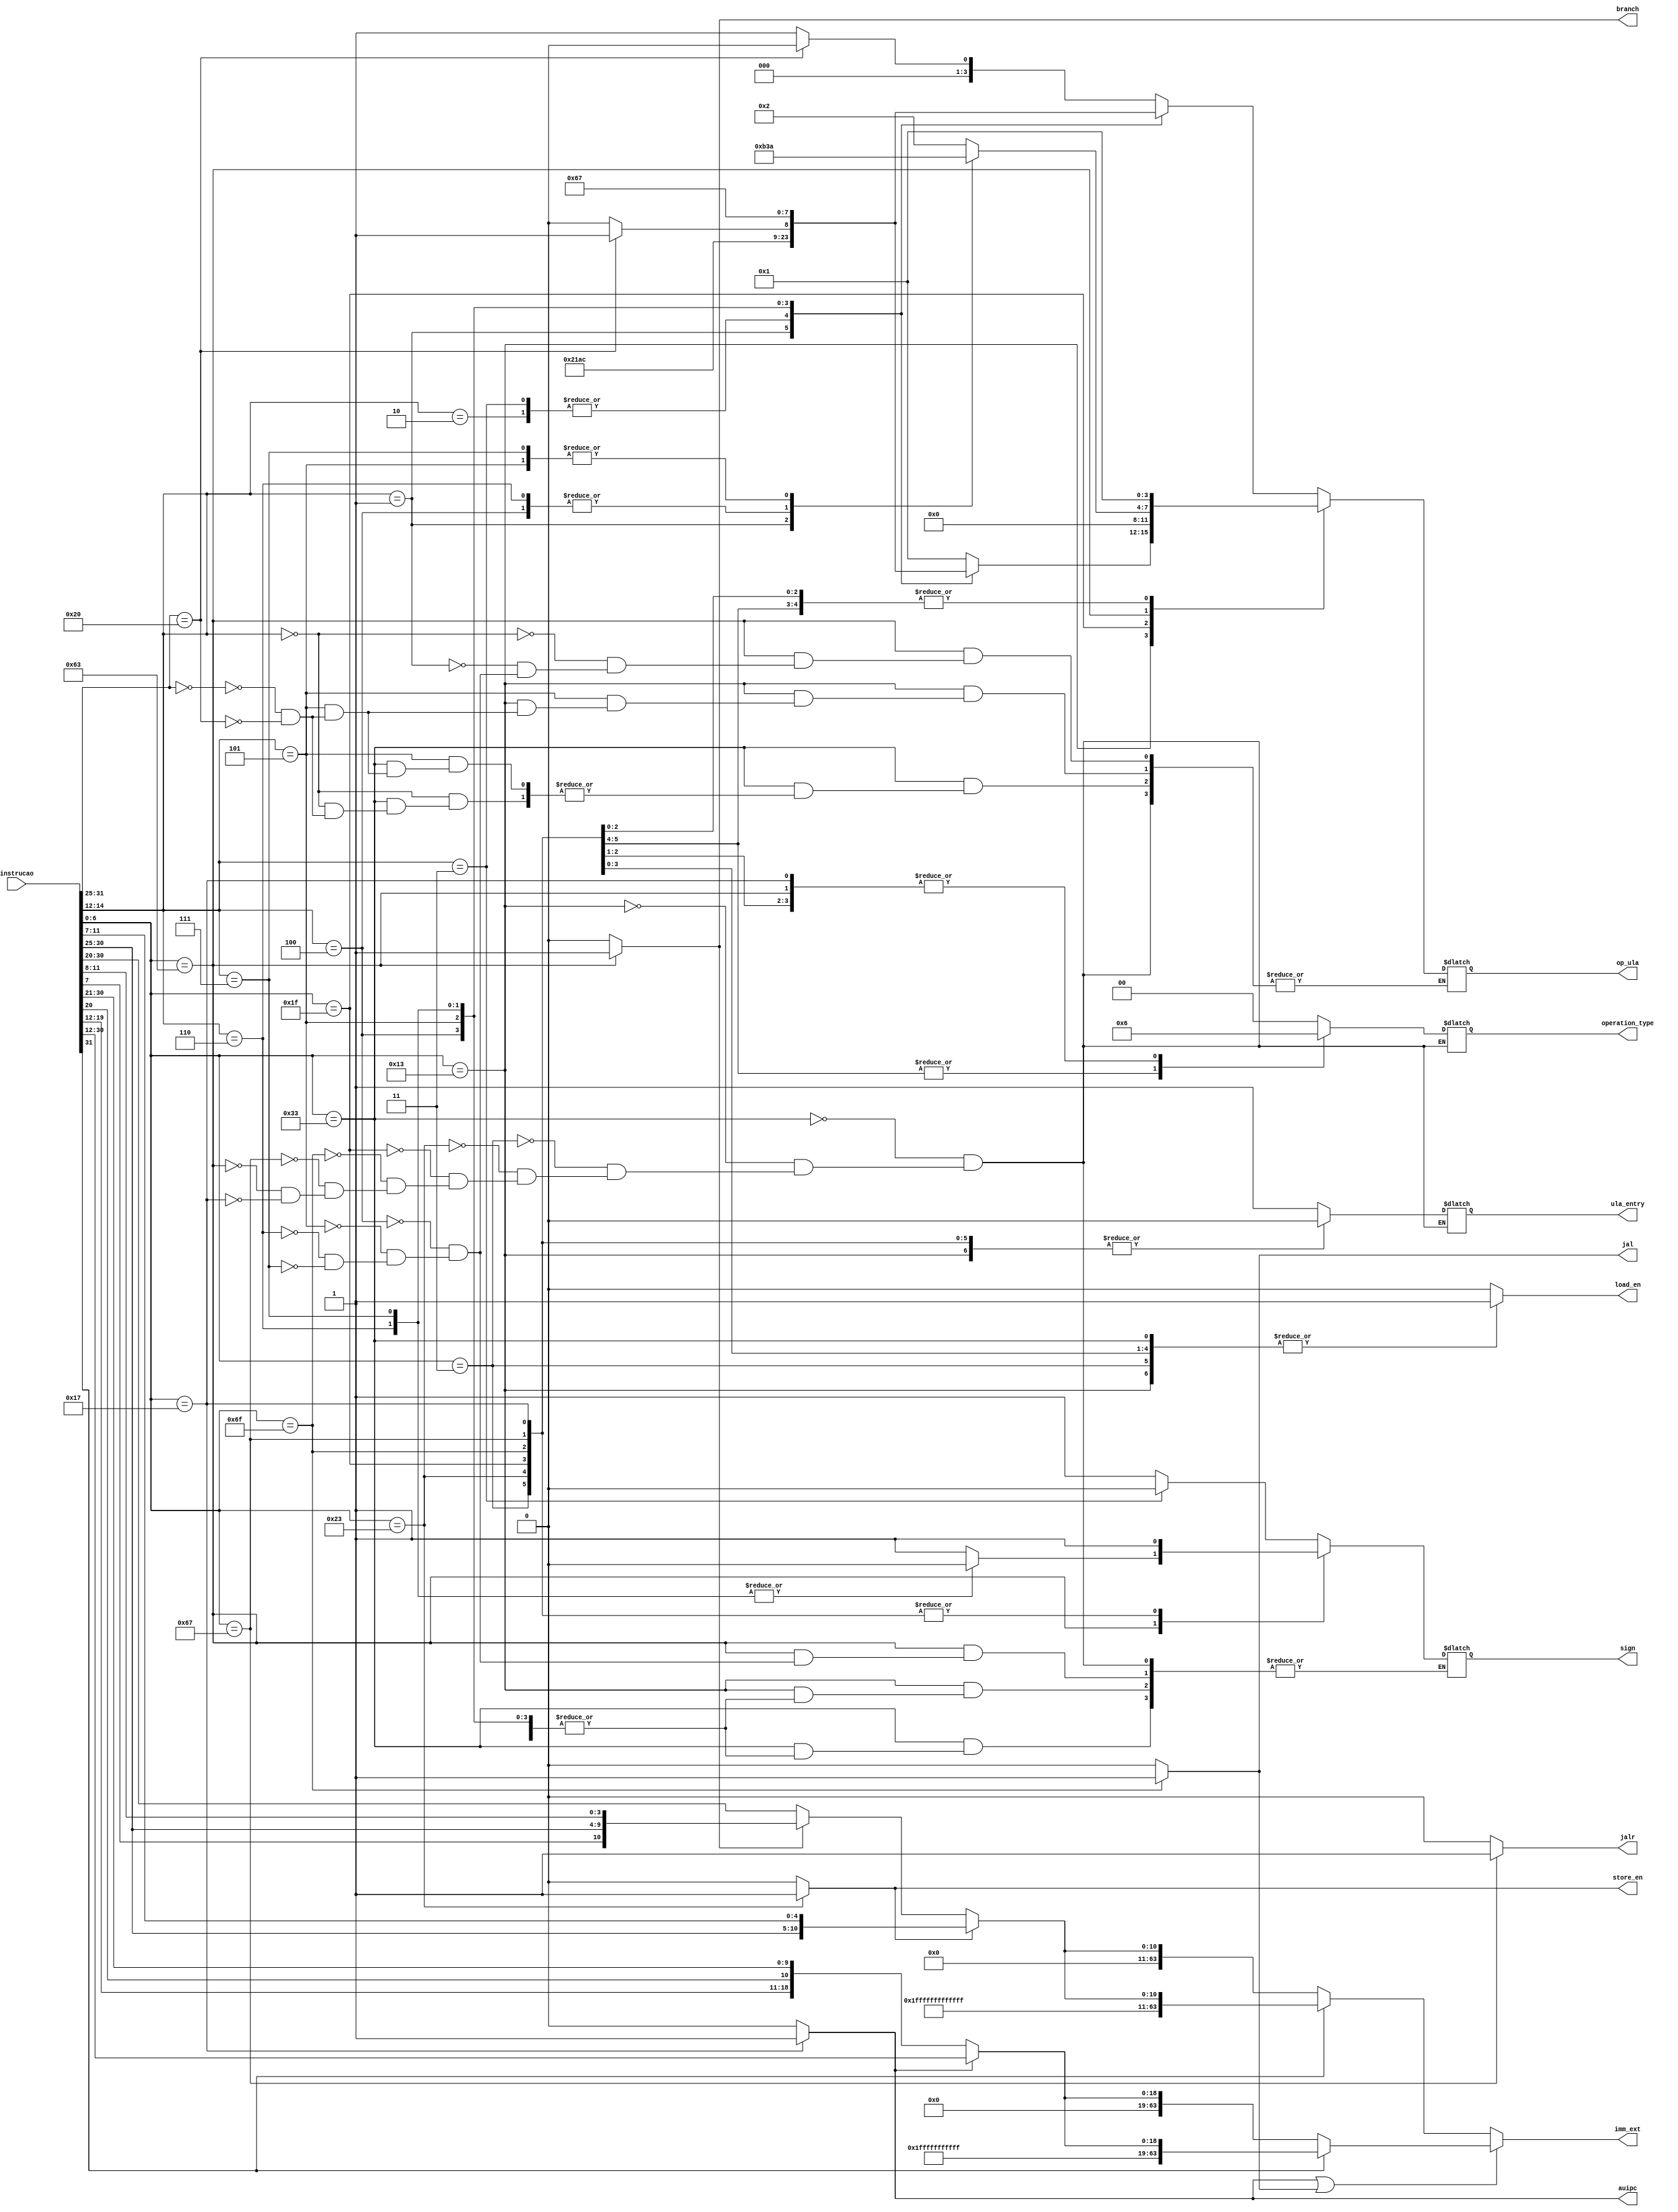
module control #(
    parameter BITS = 63,
    parameter R_TYPE = 7'b0110011,
    parameter ARITMETIC_I = 7'b0010011,
    parameter LOAD_TYPE = 7'b0000011,
    parameter STORE_TYPE = 7'b0100011,
    parameter SUBI = 7'b0011111,
    parameter JAL = 7'b1101111,
    parameter JALR = 7'b1100111,
    parameter BRANCH = 7'b1100011,
    parameter AUIPC = 7'b0010111,

    // Ula opcode parameters:
    parameter NEQ = 4'b1011,
    parameter SGT = 4'b1010,
    parameter SRA = 4'b1001,
    parameter SRL = 4'b1000,
    parameter AND = 4'b0111,
    parameter OR = 4'b0110,
    parameter XOR = 4'b0101,
    parameter SLL = 4'b0100,
    parameter SLT = 4'b0011,
    parameter EQU = 4'b0010,
    parameter ADD = 4'b0001,
    parameter SUB = 4'b0000
) (
    input [31:0] instrucao,

    output reg load_en,
    output reg store_en,
    output reg [3:0] op_ula,     // verificar no modulo ula
    output reg [1:0] operation_type,   // 00 se ula_out, 01 se mem_read, 10 se pc
    output reg ula_entry,        // 0 se imm_ext, 1 se rs2
    output reg branch,           // instrução e branch
    output reg auipc, 
    output reg jal, 
    output reg jalr,
    output reg sign,
    output [BITS:0] imm_ext
);

wire [6:0] opcode = instrucao[6:0];
wire [14:12] funct3 = instrucao[14:12];
wire [31:25] funct7 = instrucao[31:25];

wire [11:0] imm;
wire [19:0] imm_jump;
wire [BITS:0] imm_ext;

assign imm = (store_en)? {instrucao[31:25], instrucao[11:7]} : 
             (branch)? {instrucao[31], instrucao[7], instrucao[30:25], instrucao[11:8]} : 
             instrucao[31:20];

assign imm_jump = (auipc)? instrucao[31:12] : 
                    {instrucao[31], instrucao[19:12], instrucao[20], instrucao[30:21]};

assign imm_ext = (auipc || jal)? ((imm_jump[19])? {{44{1'b1}}, imm_jump} : {44'b0, imm_jump}) :
                 (imm[11])? {{52{1'b1}}, imm} : {52'b0, imm};

always @(*) begin
    case (opcode)
        R_TYPE: begin
            load_en = 1;
            store_en = 0;
            jal = 0;
            jalr = 0;
            auipc = 0;
            branch = 0;
            ula_entry = 1;
            operation_type = 2'b00;
            case (funct3)
                3'b000: case (funct7)
                            7'b0000000: op_ula = ADD;
                            7'b0100000: op_ula = SUB;
                        endcase
                3'b001: op_ula = SLL;
                3'b010: begin
                    op_ula = SLT;
                    sign = 1;
                end
                3'b011: begin
                    op_ula = SLT;
                    sign = 0;
                end 
                3'b100: op_ula = XOR;
                3'b101: case (funct7)
                    7'b0000000: op_ula = SRL; 
                    7'b0100000: op_ula = SRA; 
                endcase
                3'b110: op_ula = OR;
                3'b111: op_ula = AND;
            endcase
        end
        ARITMETIC_I: begin
            load_en = 1;
            store_en = 0;
            jal = 0;
            jalr = 0;
            auipc = 0;
            branch = 0;
            ula_entry = 0;
            operation_type = 2'b00;
            case (funct3)
                3'b000: op_ula = ADD;
                3'b001: op_ula = SLL;
                3'b010: begin
                    op_ula = SLT;
                    sign = 1;
                end
                3'b011: begin
                    op_ula = SLT;
                    sign = 0;
                end 
                3'b100: op_ula = XOR;
                3'b101: case (funct7)
                    7'b0000000: op_ula = SRL; 
                    7'b0100000: op_ula = SRA; 
                endcase
                3'b110: op_ula = OR;
                3'b111: op_ula = AND;
            endcase
        end 
        LOAD_TYPE: begin
            load_en = 1;
            store_en = 0;
            jal = 0;
            jalr = 0;
            auipc = 0;
            branch = 0;
            ula_entry = 0;
            operation_type = 2'b01;
            op_ula = ADD;
            sign = 1;
        end 
        STORE_TYPE: begin
            load_en = 0;
            store_en = 1;
            jal = 0;
            jalr = 0;
            auipc = 0;
            branch = 0;
            ula_entry = 0;
            operation_type = 2'b01;
            op_ula = ADD;
            sign = 1;
        end 
        SUBI: begin
            load_en = 1;
            store_en = 0;
            jal = 0;
            jalr = 0;
            auipc = 0;
            branch = 0;
            ula_entry = 0;
            operation_type = 2'b00;
            op_ula = SUB;
            sign = 1;
        end 
        JAL: begin
            load_en = 1;
            store_en = 0;
            op_ula = ADD;
            operation_type = 2'b10;
            ula_entry = 0;
            branch = 0;
            auipc = 0;
            jal = 1;
            jalr = 0;
            sign = 1;
        end
        JALR: begin
            load_en = 1;
            store_en = 0;
            op_ula = ADD;
            operation_type = 2'b10;
            ula_entry = 0;
            branch = 0;
            auipc = 0;
            jal = 0;
            jalr = 1;
            sign = 1;
        end
        BRANCH: begin
            load_en = 0;
            store_en = 0;
            operation_type = 2'b10;
            ula_entry = 1;
            branch = 1;
            auipc = 0;
            jal = 0;
            jalr = 0;
            case (funct3)
                3'b000: op_ula = EQU;
                3'b001: op_ula = NEQ;
                3'b100: begin
                    op_ula = SLT;
                    sign = 1;
                end
                3'b101: begin
                    op_ula = SGT;
                    sign = 1;
                end
                3'b110: begin
                    op_ula = SLT;
                    sign = 0;
                end
                3'b111: begin
                    op_ula = SGT;
                    sign = 0;
                end 
            endcase
        end
        AUIPC: begin
            load_en = 1;
            store_en = 0;
            op_ula = ADD;
            operation_type = 2'b10;
            ula_entry = 0;
            branch = 0;
            auipc = 1;
            jal = 0;
            jalr = 0;
            sign = 1;
        end
        default: begin
            // Apenas leitura de registradores
            load_en = 0;
            store_en = 0;
            branch = 0;
            auipc = 0;
            jal = 0;
            jalr = 0;
        end
    endcase    
end
    
endmodule